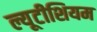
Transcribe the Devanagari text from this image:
ल्यूटीशियम